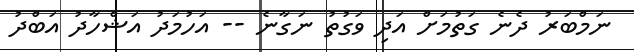
ނަމްބަރު ދެނެ ގަތުމަށް އަދި ވަގުތު ނަގާނެ -- އަހުމަދު އަޝްހާދު އަބްދު